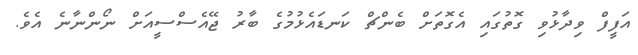
އަފީފް ވިދާޅުވި ގޮތުގައި އެގޮތަށް ބެންޗް ކަނޑައެޅުމުގެ ބާރު ޖޭއެސްސީއަށް ނޯންނާނެ އެވެ.